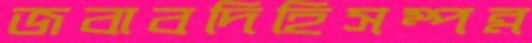
জবাবদিহিসম্পন্ন